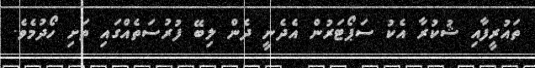
ތައުރީފާއި ޝުކުރާ އެކު ސަޕޯޓަރުން އެދެނީ ދެން ލިބޭ ފުރުސަތެއްގައި ތަށި ހޯދުމެވެ.